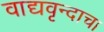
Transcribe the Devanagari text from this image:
वाद्यवृन्दाचा